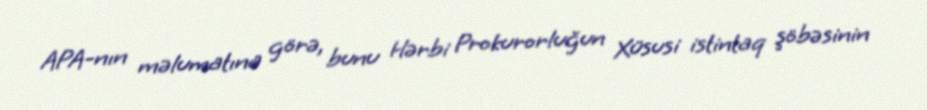
APA-nın məlumatına görə, bunu Hərbi Prokurorluğun Xüsusi istintaq şöbəsinin